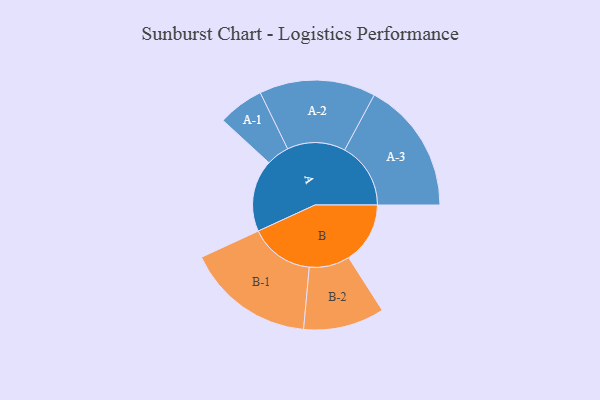
{"axis": {"x": "Segment", "y": "Value"}, "legend": ["", "A", "B"], "data": [{"x": "A", "y": 327, "type": ""}, {"x": "B", "y": 279, "type": ""}, {"x": "A-1", "y": 104, "type": "A"}, {"x": "A-2", "y": 264, "type": "A"}, {"x": "A-3", "y": 300, "type": "A"}, {"x": "B-1", "y": 292, "type": "B"}, {"x": "B-2", "y": 184, "type": "B"}]}